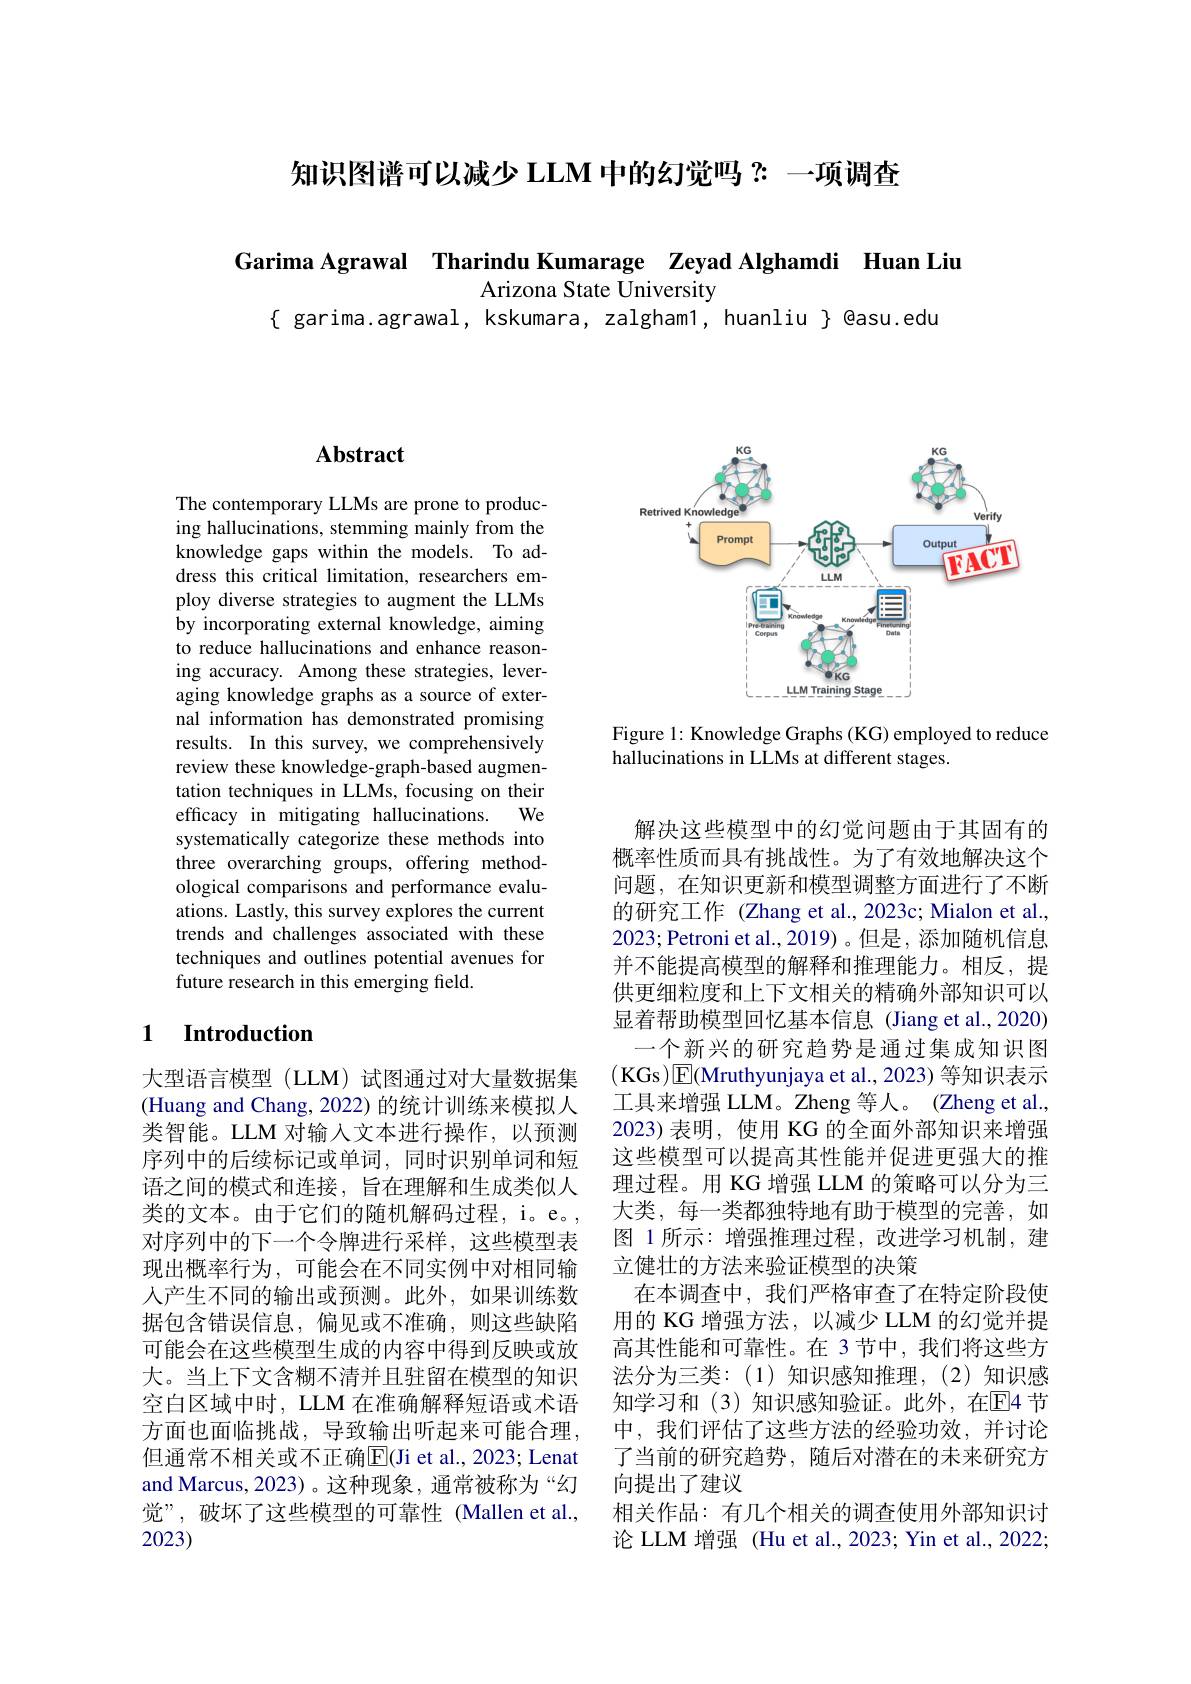
知识图谱可以减少 LLM 中的幻觉吗？一项调查

Garima Agrawal Tharindu Kumarage Zeyad Alghamdi Huan Liu
Arizona State University
$\{$ garima.agrawal, kskumara, zalgham1, huanliu $\}$ @asu.edu

# Abstract

The contemporary LLMs are prone to producing hallucinations, stemming mainly from the knowledge gaps within the models. To address this critical limitation, researchers employ diverse strategies to augment the LLMs by incorporating external knowledge, aiming to reduce hallucinations and enhance reasoning accuracy. Among these strategies, leveraging knowledge graphs as a source of external information has demonstrated promising results. In this survey, we comprehensively review these knowledge-graph-based augmentation techniques in LLMs, focusing on their efficacy in mitigating hallucinations. We systematically categorize these methods into three overarching groups, offering methodological comparisons and performance evaluations. Lastly, this survey explores the current trends and challenges associated with these techniques and outlines potential avenues for future research in this emerging field.

### 1 $\textbf{Introduction}$

大型语言模型 (LLM)试图通过对大量数据集(Huang and Chang, 2022) 的统计训练来模拟人类智能。LLM 对输入文本进行操作，以预测序列中的后续标记或单词，同时识别单词和短语之间的模式和连接，旨在理解和生成类似人类的文本。由于它们的随机解码过程，i。e。, 对序列中的下一个令牌进行采样，这些模型表现出概率行为，可能会在不同实例中对相同输人产生不同的输出或预测。此外，如果训练数据包含错误信息，偏见或不准确，则这些缺陷可能会在这些模型生成的内容中得到反映或放大。当上下文含糊不清并且驻留在模型的知识空白区域中时，LLM 在准确解释短语或术语方面也面临挑战，导致输出听起来可能合理， 但通常不相关或不正确$\overline{\mathrm{E}}($Ji et al., 2023; Lenat and Marcus, 2023)。这种现象，通常被称为“幻觉”,破坏了这些模型的可靠性(Mallen et al., 2023)

<FigureHere>

Figure 1: Knowledge Graphs (KG) employed to reduce
hallucinations in LLMs at different stages.

解决这些模型中的幻觉问题由于其固有的概率性质而具有挑战性。为了有效地解决这个问题，在知识更新和模型调整方面进行了不断的研究工作 (Zhang et al.,2023c; Mialon et al., 2023; Petroni et al., 2019) 。但是，添加随机信息并不能提高模型的解释和推理能力。相反，提供更细粒度和上下文相关的精确外部知识可以显着帮助模型回忆基本信息 (Jiang et al.,2020)
一个新兴的研究趋势是通过集成知识图(KGs$)\boxed{\mathrm{E}}($Mruthyunjaya et al., 2023) 等知识表示工具来增强 LLM。Zheng 等人。(Zheng et al., 2023) 表明，使用 KG 的全面外部知识来增强这些模型可以提高其性能并促进更强大的推理过程。用 KG 增强 LLM 的策略可以分为三大类，每一类都独特地有助于模型的完善，如图 1 所示：增强推理过程，改进学习机制，建立健壮的方法来验证模型的决策
在本调查中，我们严格审查了在特定阶段使用的 KG 增强方法，以减少 LLM 的幻觉并提高其性能和可靠性。在 3 节中，我们将这些方法分为三类：(1)知识感知推理，(2)知识感知学习和(3)知识感知验证。此外，在$\mathbb{E}$4 节中，我们评估了这些方法的经验功效，并讨论了当前的研究趋势，随后对潜在的未来研究方向提出了建议
相关作品：有几个相关的调查使用外部知识讨论 LLM 增强 (Hu et al., 2023; Yin et al., 2022;